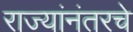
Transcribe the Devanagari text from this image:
राज्यांनंतरचे